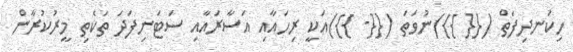
ހިކަނދިފަތް ({{ }})ނުވަތަ ({{- }})އަކީ ރިހައާއި އަސާރައާއި ސަޓަނިފަދަ ތަކެތި މީރުކުރާން